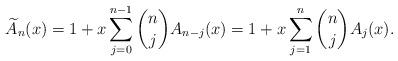
LaTeX: \begin{align*} \widetilde{A}_n(x) = 1 + x\sum_{j=0}^{n-1} \binom{n}{j} A_{n-j}(x) = 1 + x\sum_{j=1}^n \binom{n}{j}A_{j}(x). \end{align*}